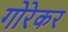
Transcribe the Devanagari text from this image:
गोरेकर